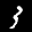
Label: 3